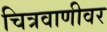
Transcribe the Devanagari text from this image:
चित्रवाणीवर